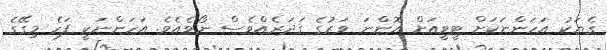
ގެޔަކު އަހަންނަކަށް ޓީވީއަށް އޮންނަ ވަރުގެ ގަދަރެއްވެސް ނޯވެއެވެ. އަހަންނަކީ ފަހެ މިގޭގެ